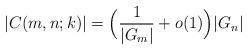
LaTeX: \begin{align*} |C(m,n;k)|=\Big(\frac{1}{|G_{m}|}+o(1)\Bigr)|G_{n}|\end{align*}